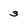
Character: 3